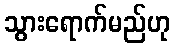
သွားရောက်မည်ဟု